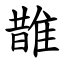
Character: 䧿